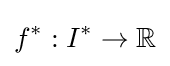
f^{*}:I^{*}\to \mathbb {R}